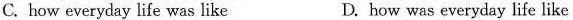
C. how everyday life was like D. how was everyday life like